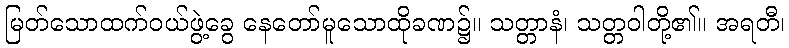
မြတ်သောထက်ဝယ်ဖွဲ့ခွေ နေတော်မူသောထိုခဏ၌။ သတ္တာနံ၊ သတ္တဝါတို့၏။ အရတီ၊